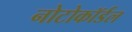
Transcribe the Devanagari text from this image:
नोटोकॉर्डल